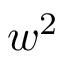
w ^ { 2 }